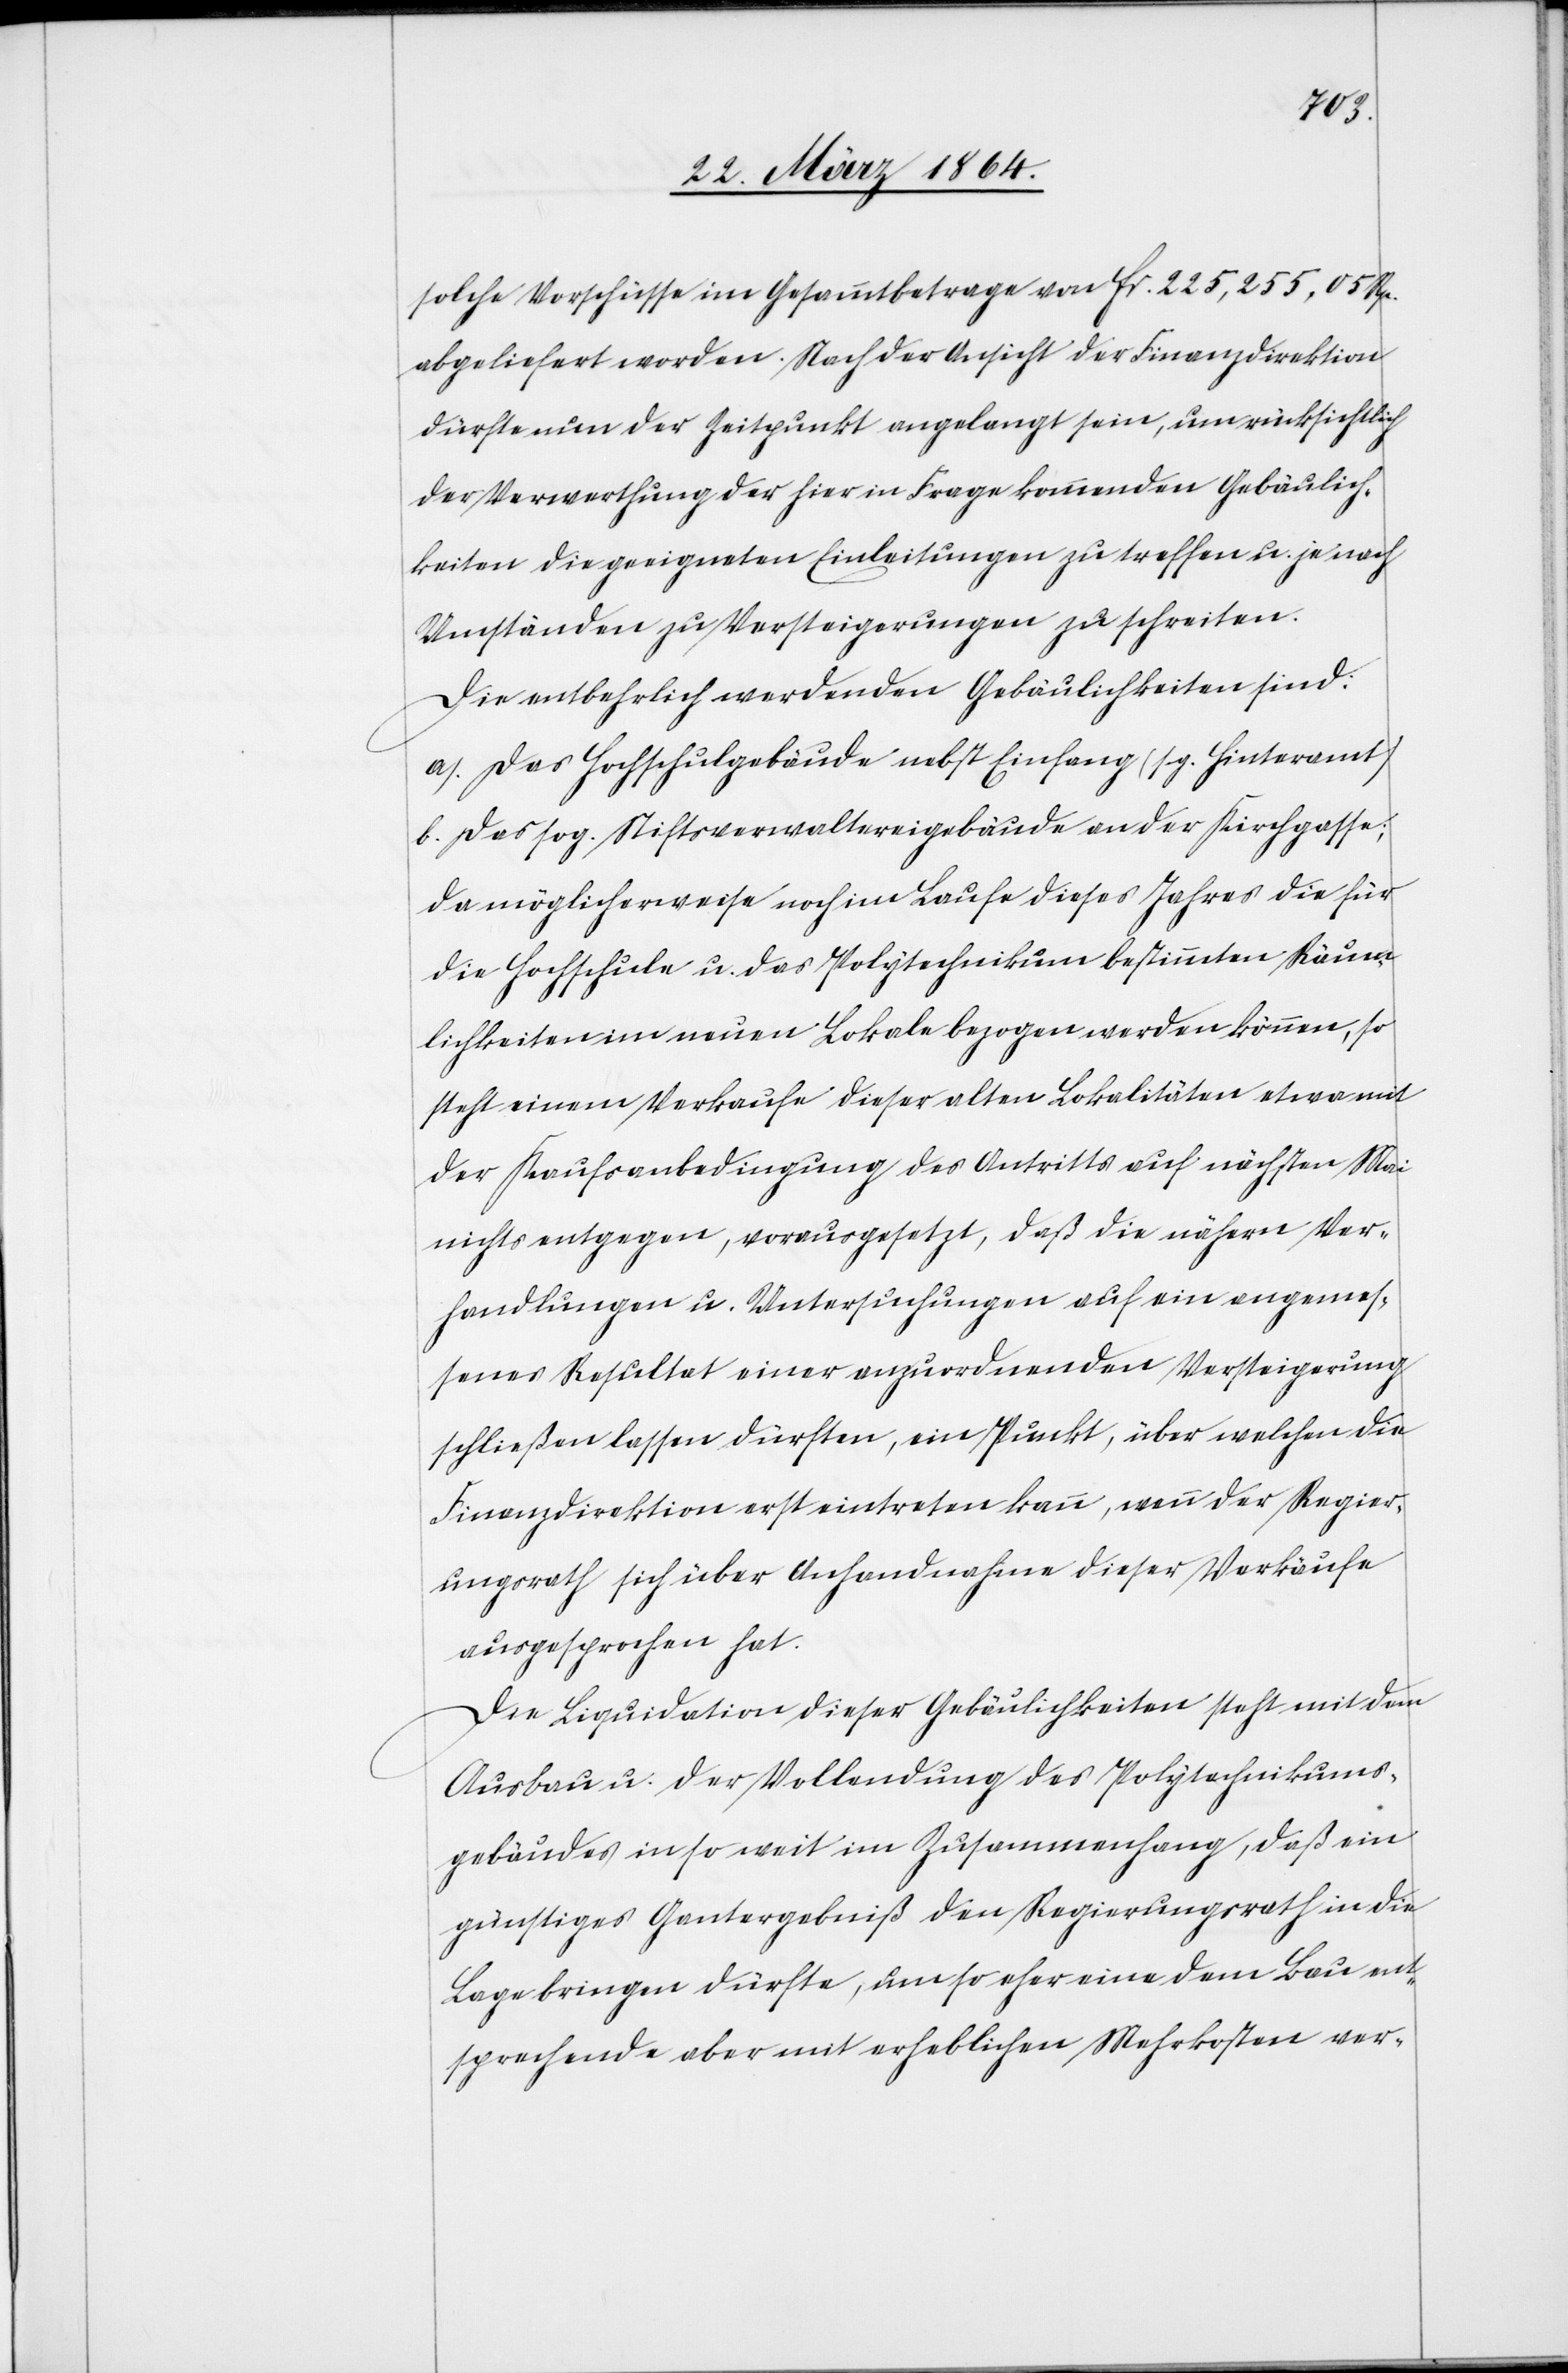
solche Vorschüsse im Gesammtbetrage von Fr. 225,255,05 Rp.
abgeliefert worden. Nach der Ansicht der Finanzdirektion
dürfte nun der Zeitpunkt angelangt sein, um rücksichtlich
der Verwertung der hier in Frage kommenden Gebäulich¬
keiten die geeigneten Einleitungen zu treffen u. je nach
Umständen zu Versteigerungen zu schreiten.
Die entbehrlich werdenden Gebäulichkeiten sind:
a.) Das Hochschulgebäude nebst Einfang (sg. Hinteramt)
b.) Das sog. Stiftsverwaltereigebäude an der Kirchgasse;
da möglicherweise noch im Laufe dieses Jahres die für
die Hochschule u. das Polytechnikum bestimmten Räum¬
lichkeiten im neuen Lokale bezogen werden können, so
steht einem Verkaufe dieser alten Lokalitäten etwa mit
der Kaufsanbedingung des Antritts auf nächsten Mai
nichts entgegen, vorausgesetzt, daß die nähern Ver¬
handlungen u. Untersuchungen auf ein angemes¬
senes Resultat einer anzuordnenden Versteigerung
schließen lassen dürften, ein Punkt, über welchen die
Finanzdirektion erst eintreten kann, wenn der Regier¬
ungsrath sich über Anhandnahme dieser Verkäufe
ausgesprochen hat.
Die Liquidation dieser Gebäulichkeiten steht mit dem
Ausbau u. der Vollendung des Polytechnikums¬
gebäudes in so weit im Zusammenhang, daß ein
günstiges Gantergebniß den Regierungsrath in die
Lage bringen dürfte, um so eher eine dem Bau ent¬
sprechende aber mit erheblichen Mehrkosten ver-